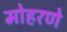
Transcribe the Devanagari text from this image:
मोहरणे